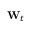
\mathbf { W } _ { t }